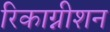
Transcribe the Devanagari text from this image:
रिकाग्नीशन